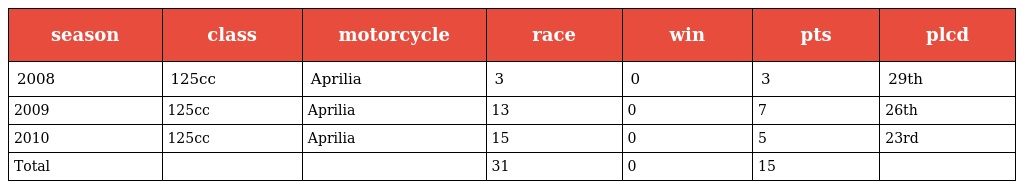
| season | class | motorcycle | race | win | pts | plcd |
 | --- | --- | --- | --- | --- | --- | --- |
 | 2008 | 125cc | Aprilia | 3 | 0 | 3 | 29th |
 | 2009 | 125cc | Aprilia | 13 | 0 | 7 | 26th |
 | 2010 | 125cc | Aprilia | 15 | 0 | 5 | 23rd |
 | Total |  |  | 31 | 0 | 15 |  |